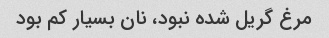
مرغ گریل شده نبود، نان بسیار کم بود